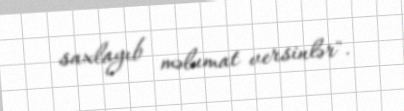
saxlayıb məlumat versinlər".